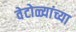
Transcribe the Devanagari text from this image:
वेटोळ्यांच्या